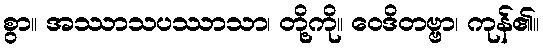
စွာ။ အဿာသပဿာသာ၊ တို့ကို။ ဝေဒိတဗ္ဗာ၊ ကုန်၏။